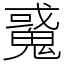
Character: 䰥